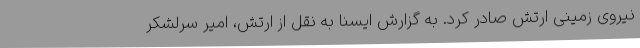
نیروی زمینی ارتش صادر کرد. به گزارش ایسنا به نقل از ارتش، امیر سرلشکر